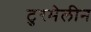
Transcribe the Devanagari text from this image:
टुरमेलीन